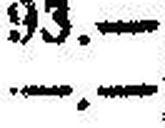
—.—